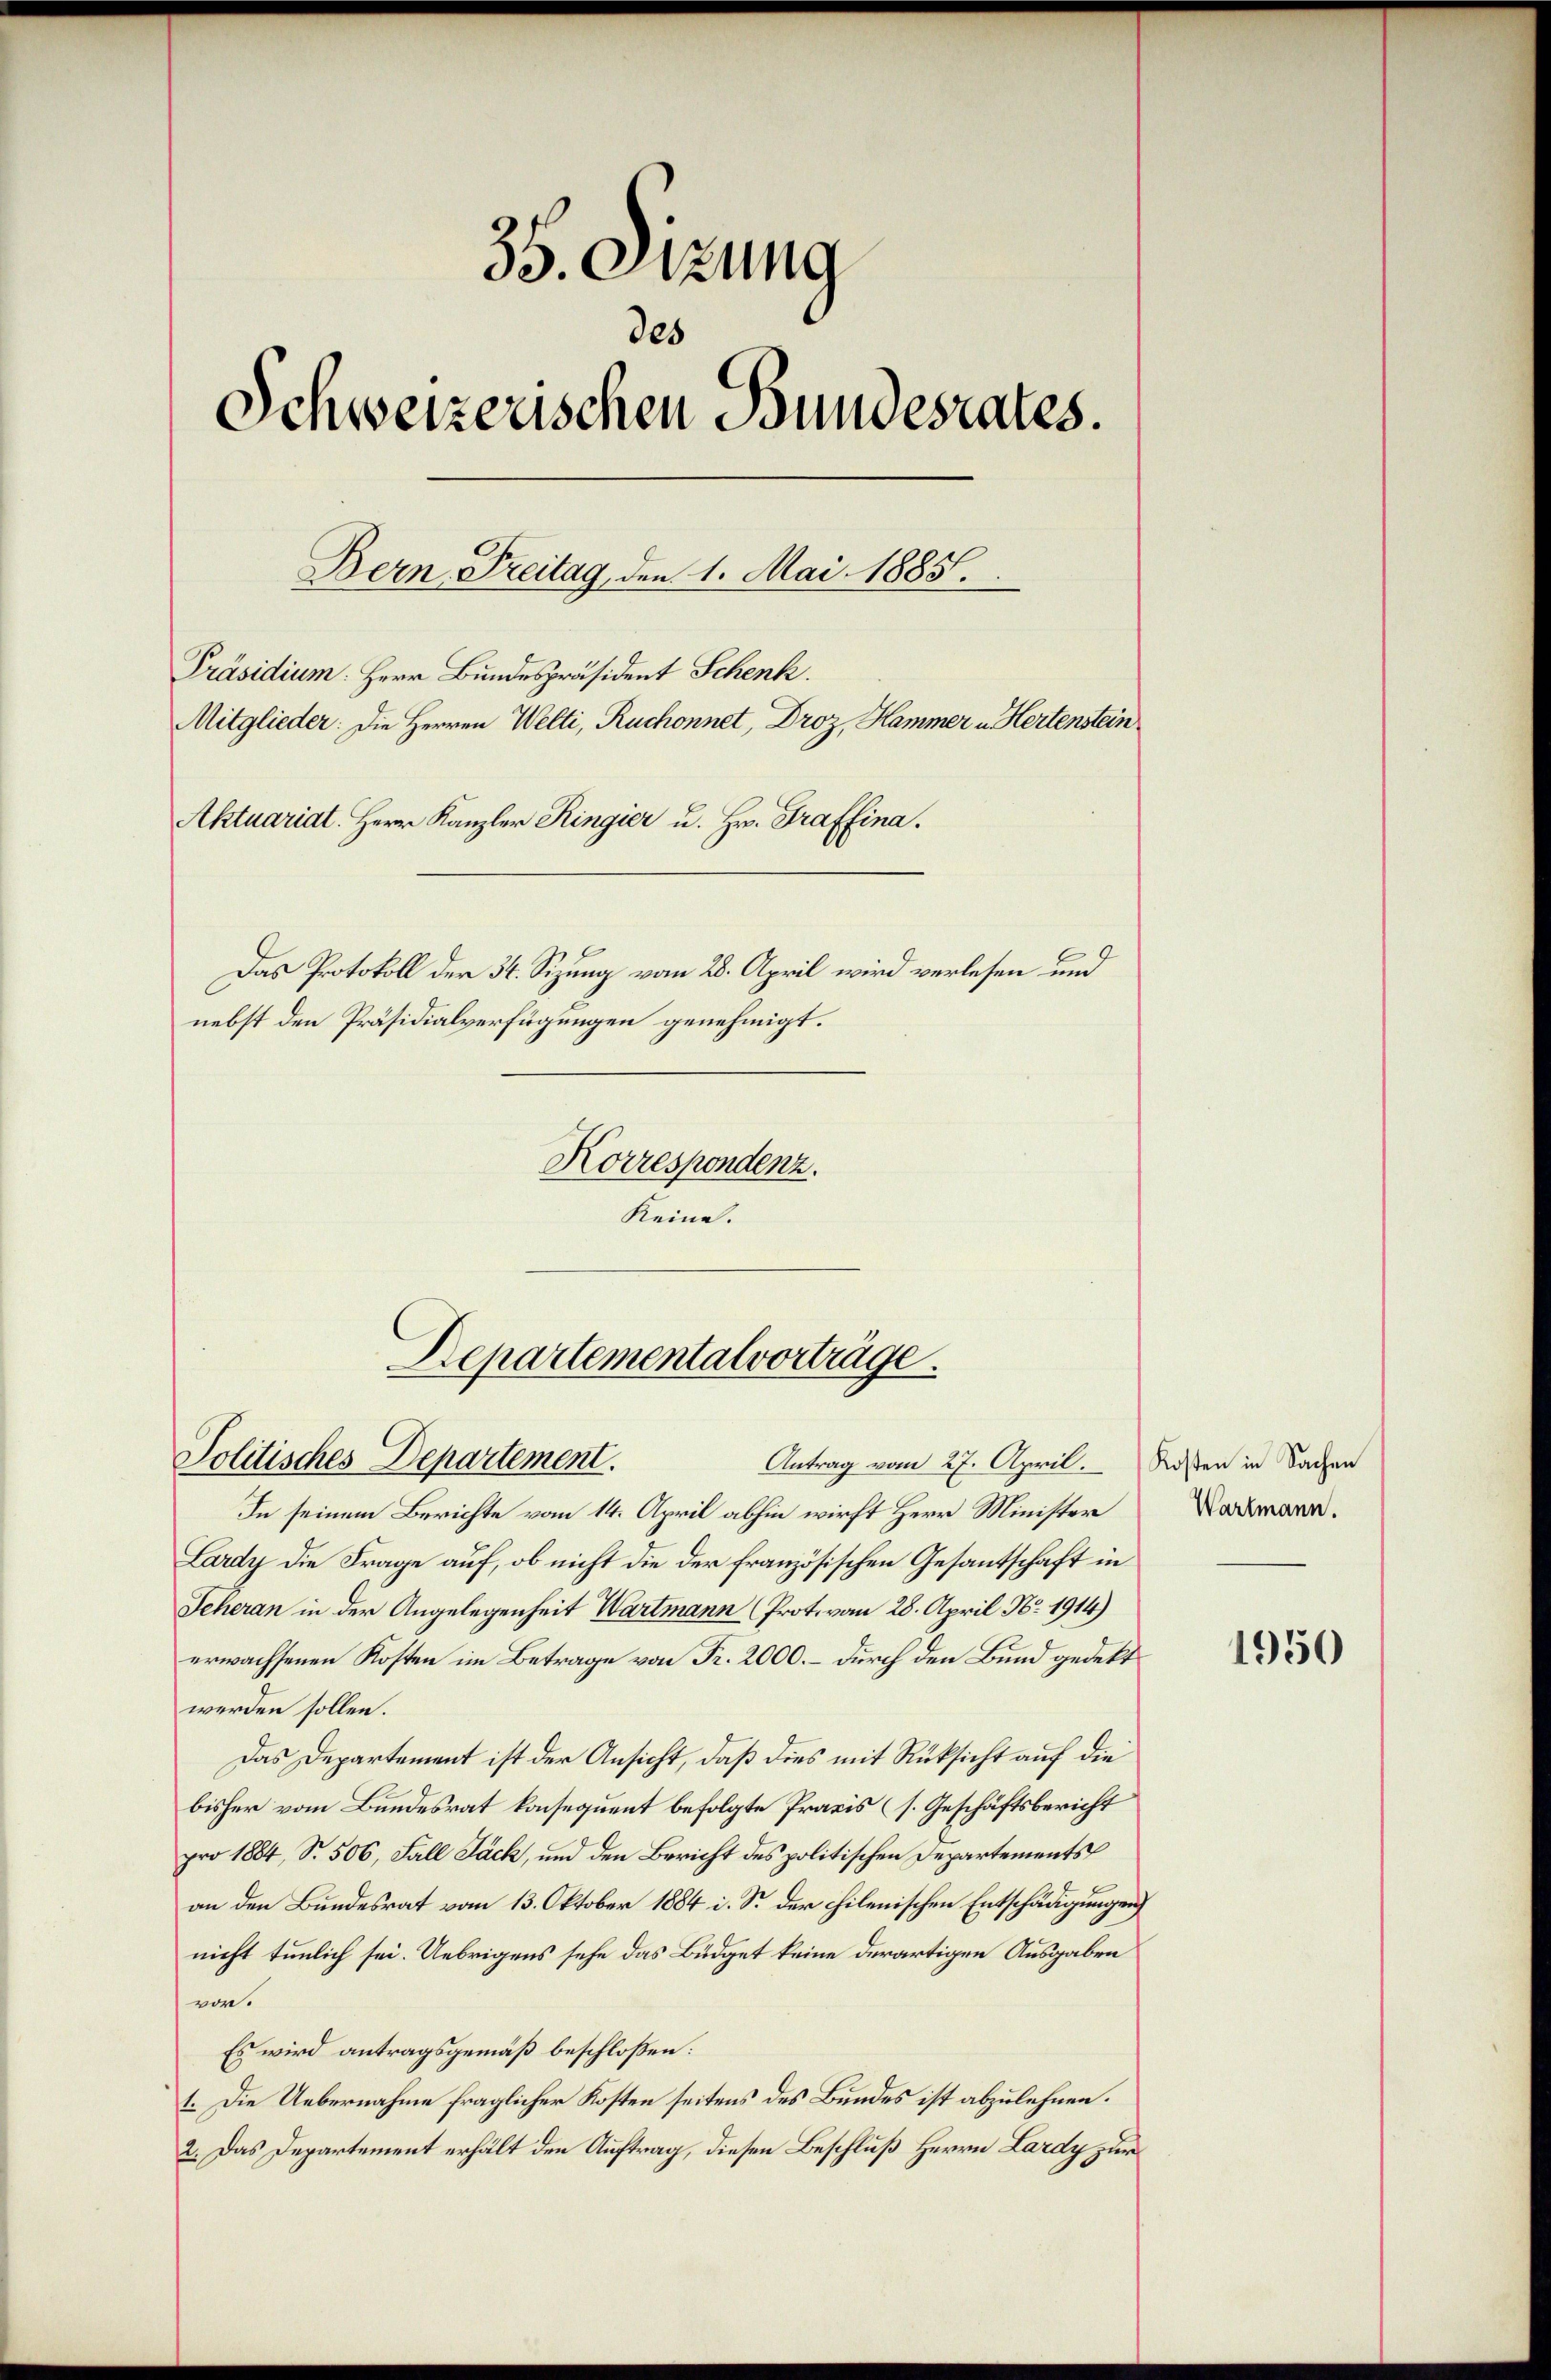
35. Sizung
des
Schweizerischen Bundesrates.
Bern, Freitag, den 1. Mai 1885.
Präsidium: Herr Bundespräsident Schenk.
Mitglieder: Die Herren Welti, Ruchonnet, Droz, Kammer u. Hertenstein
Aktuariat. Herr Kanzler Ringier u. Hr. Graffina.
Das Protokoll der 34. Sizung vom 28. April wird verlesen und
nebst den Präsidialverfügungen genehmigt.

Korrespondenz.
Keine.

Repartementalvorträge.
Politisches Departement.

In seinem Berichte vom 14. April abhin wirft Herr Minister
Lardy die Frage auf, ob nicht die der französischen Gesandtschaft in
Scheran in der Angelegenheit Wartmann (Prot. von 28. April No 1914)
erwachsenen Kosten im Betrage von Fr. 2000. – durch den Bund gedekt
werden sollen.
Das Departement ist der Ansicht, daß dies mit Rücksicht auf die
bisher vom Bundesrat konsequent befolgte Praxis (s. Geschäftsbericht
pro 1884, S. 506, Fall Jäck, und den Bericht des politischen Departements
an den Bundesrat vom 13. Oktober 1884 i. S. der chilenischen Entschädigungen
nicht tunlich sei. Uebrigens sehe das Büdget keine derartigen Ausgaben
vor.
Es wird antragsgemäß beschloßen:
1. Die Uebernahme fraglicher Kosten seitens des Bundes ist abzulehnen.
2. Das Departement erhält den Auftrag, diesen Beschluß Herrn Lardy zur

Antrag vom 27. April. Rosen in Sachen

Wartmann.

1950